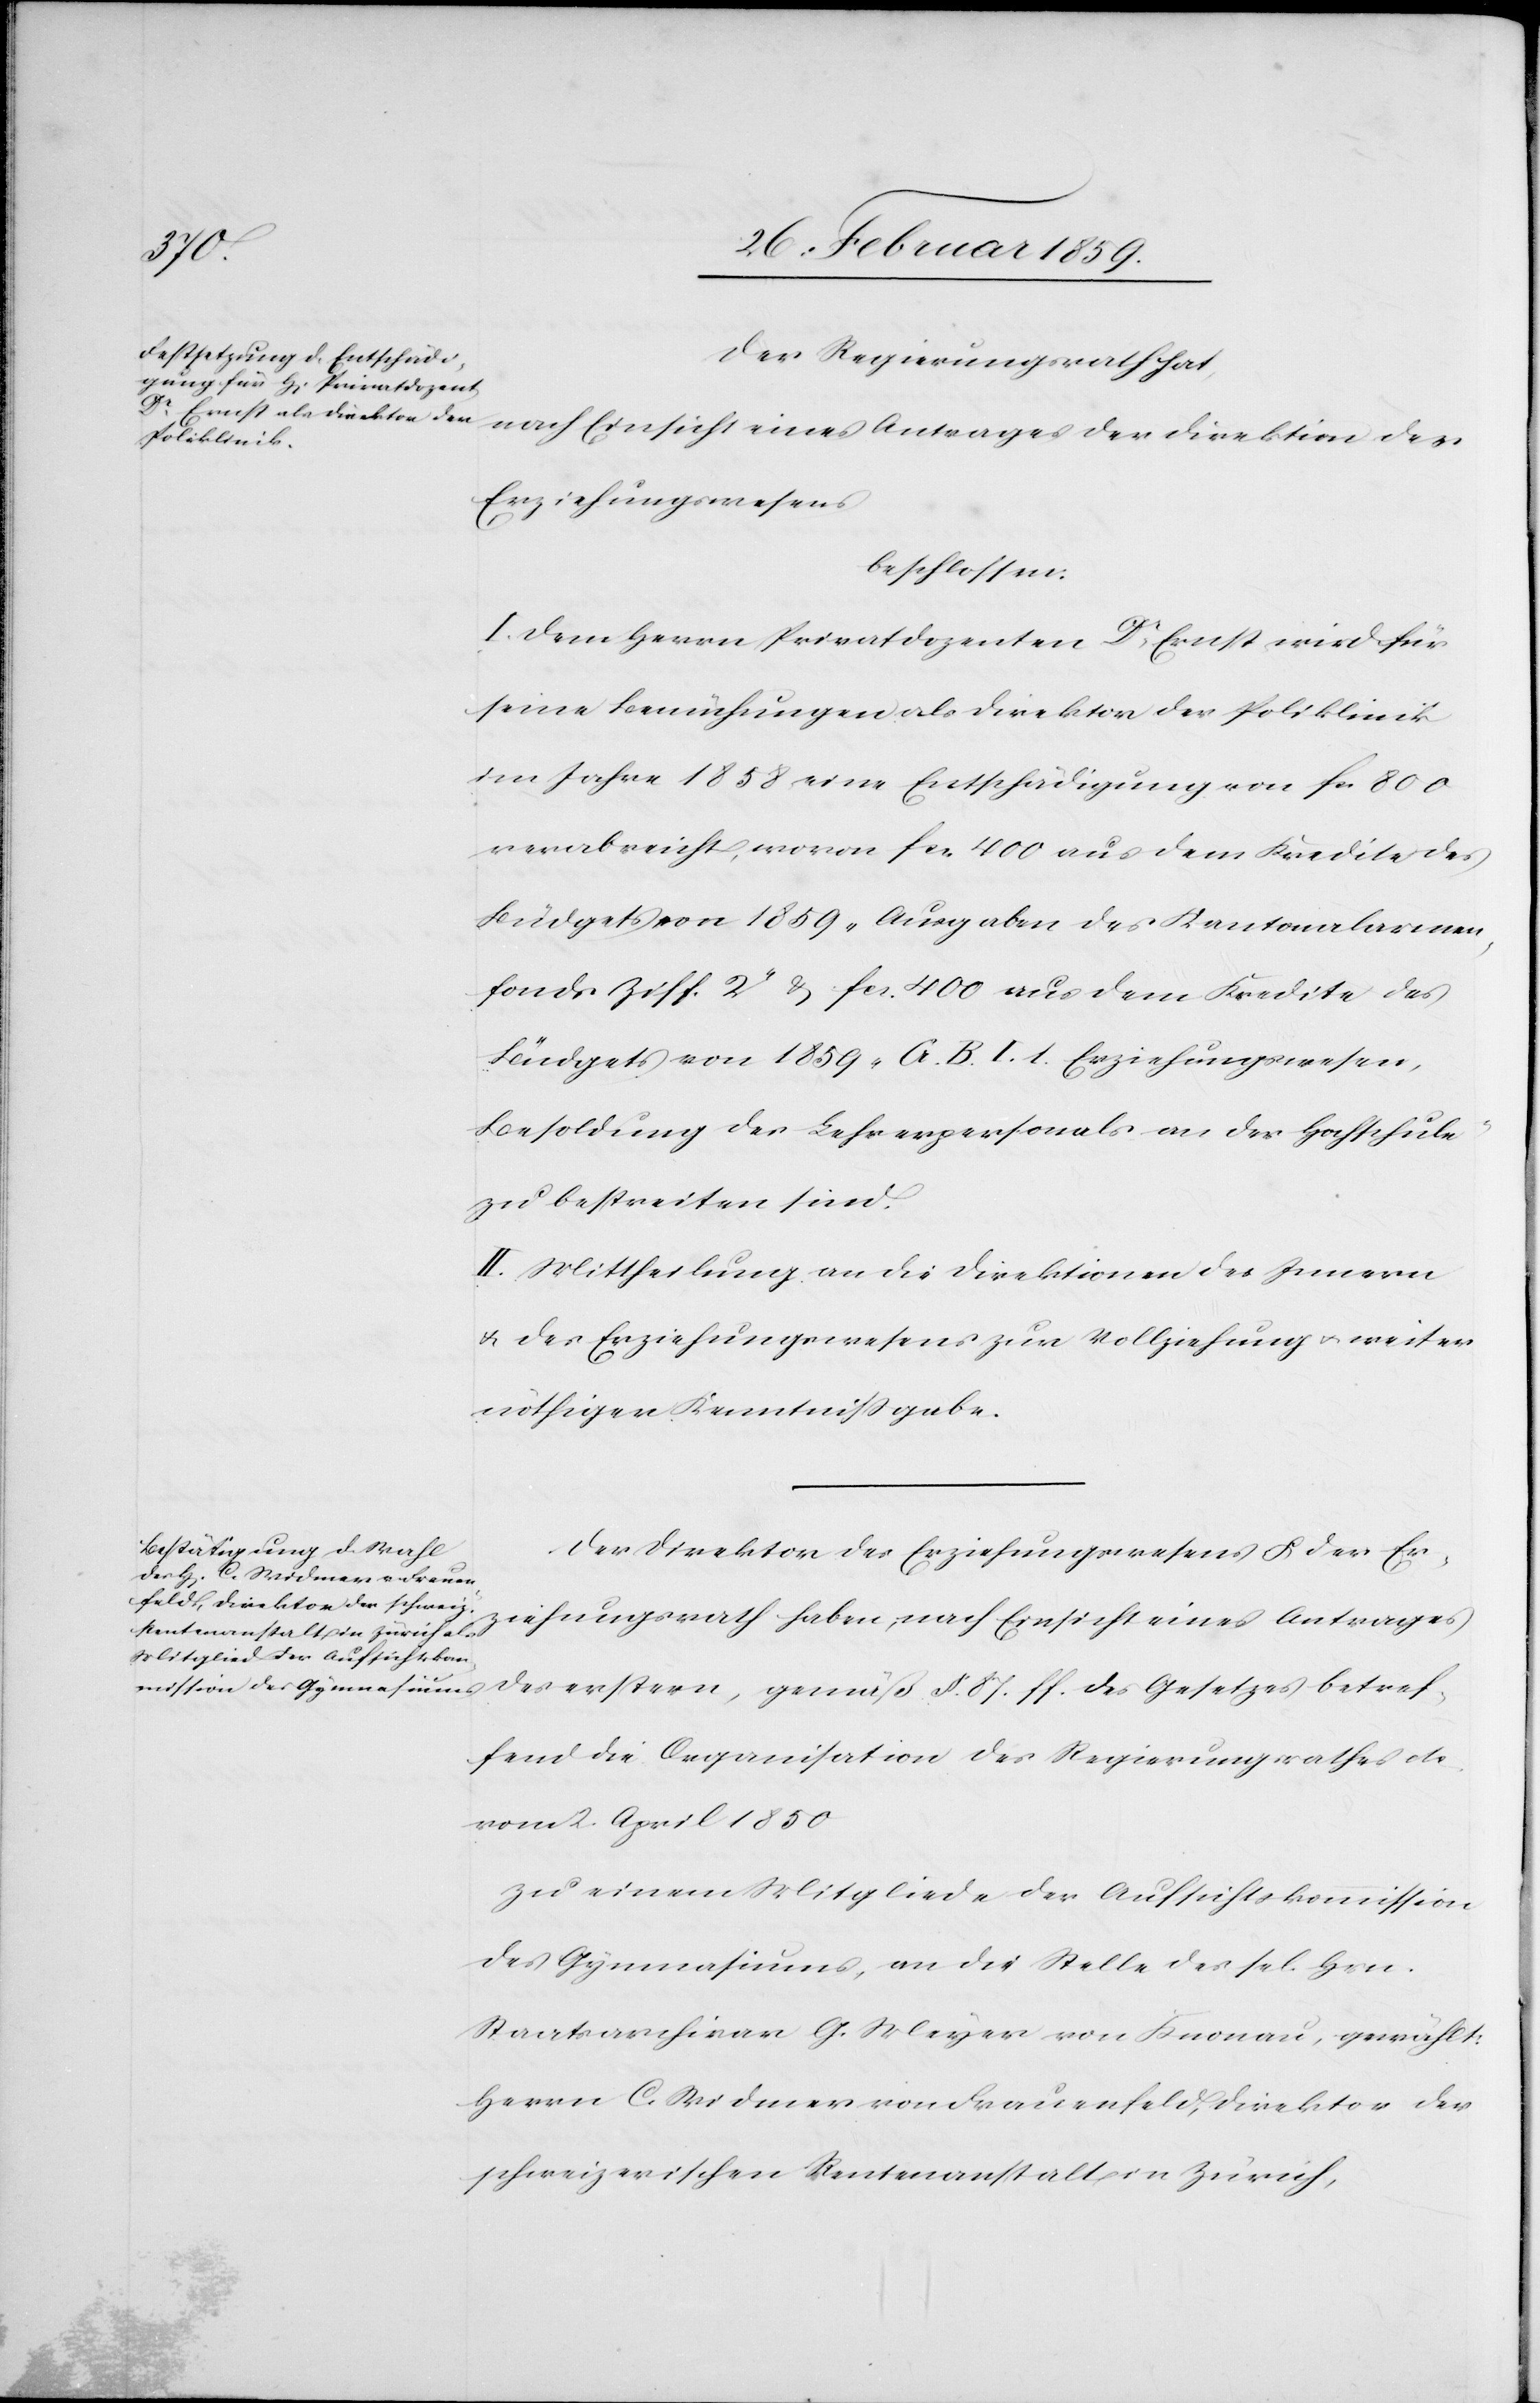
Der Regierungsrath hat,
nach Einsicht eines Antrages der Direktion des
Erziehungswesens
beschlossen:
I. Dem Herrn Privatdozenten Dr. Ernst wird für
seine Bemühungen als Direktor der Poliklinik
im Jahre 1858 eine Entschädigung von fcs 800
verabreicht, wovon fcs. 400 aus dem Kredite des
Budgets von 1859 „Ausgaben des Kantonalarmen¬
fonds Ziff. 2“ & fcs. 400 aus dem Kredite des
Budgets von 1859 „G. B. I. 1. Erziehungswesen,
Besoldung des Lehrerpersonals an der Hochschule“
zu bestreiten sind.
II. Mittheilung an die Direktion des Innern
& des Erziehungswesens zur Vollziehung u. weiter
nöthigen Kenntnißgabe.
Der Direktor des Erziehungswesens u. der Er¬
ziehungsrath haben, nach Einsicht eines Antrages
des erstern, gemäß §. 87. ff. des Gesetzes betref¬
fend die Organisation des Regierungsrathes etc.
vom 2. April 1850
zu einem Mitgliede der Aufsichtskommission
des Gymnasiums, an die Stelle des sel. Hrn.
Staatsarchivar G. Meyer von Knonau, gewählt:
Herrn C. Widmer von Frauenfeld, Direktor der
schweizerischen Rentenanstalt in Zürich,